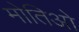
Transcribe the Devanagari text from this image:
मोतिओ